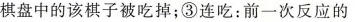
棋盘中的该棋子被吃掉；③连吃：前一次反应的